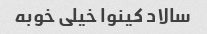
سالاد کینوا خیلی خوبه